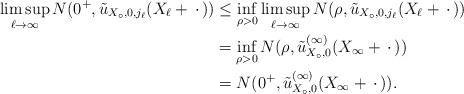
LaTeX: \begin{align*}\limsup_{\ell \to \infty} N(0^+,\tilde u_{X_\circ,0,j_\ell}(X_\ell+\,\cdot\,)) &\leq \inf_{\rho > 0} \limsup_{\ell \to \infty}N(\rho, \tilde u_{X_\circ,0,j_\ell}(X_\ell+\,\cdot\,))\\&= \inf_{\rho > 0} N(\rho, \tilde u_{X_\circ,0}^{(\infty)}(X_\infty+\,\cdot\,))\\&= N(0^+, \tilde u_{X_\circ,0}^{(\infty)}(X_\infty+\,\cdot\,)).\end{align*}